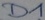
Text: D1